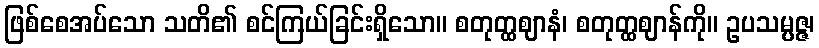
ဖြစ်စေအပ်သော သတိ၏ စင်ကြယ်ခြင်းရှိသော။ စတုတ္ထဈာနံ၊ စတုတ္ထဈာန်ကို။ ဥပသမ္ပဇ္ဇ၊